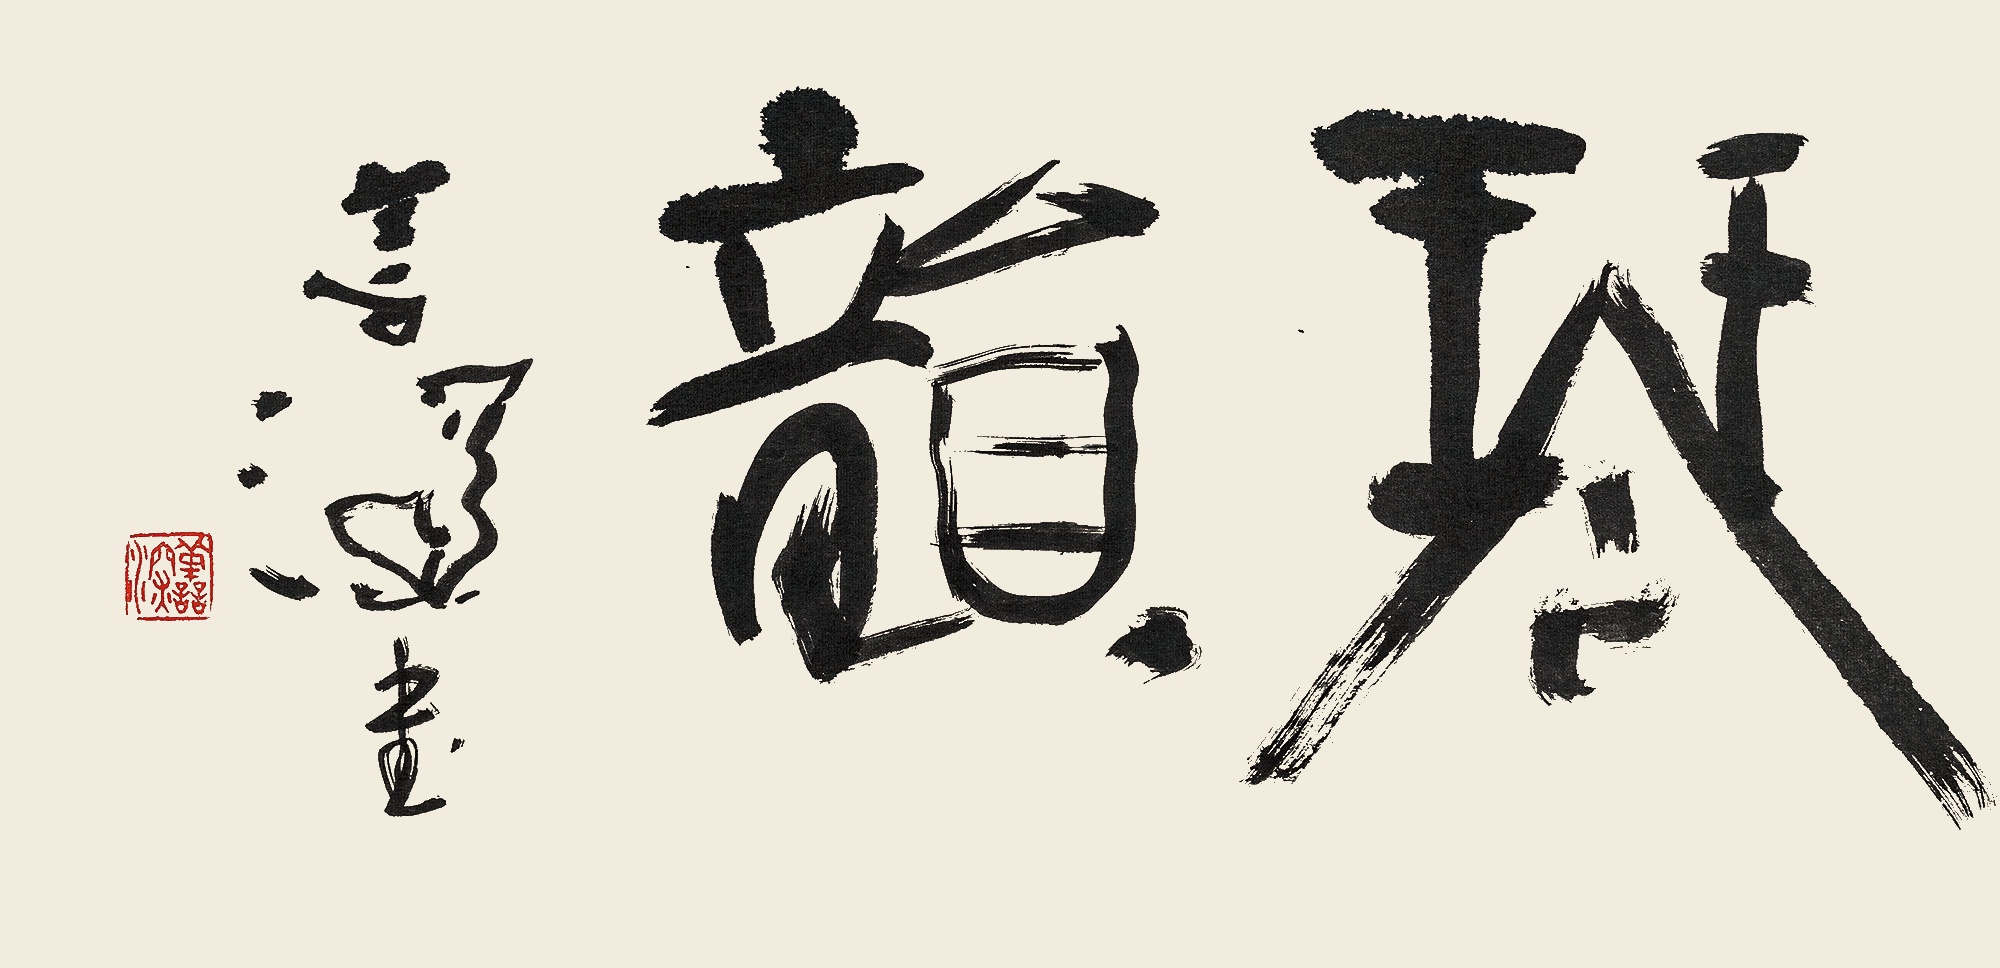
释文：琴韵善深书。